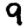
Digit: 9